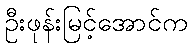
ဦးဖုန်းမြင့်အောင်က